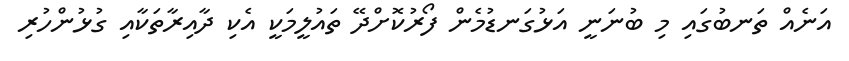
އަނެއް ތަނބުގައި މި ބުނަނީ އަޅުގަނޑުމެން ފޯރުކޮށްދޭ ތައުލީމަކީ އެކި ދާއިރާތަކާއި ގުޅުންހުރި